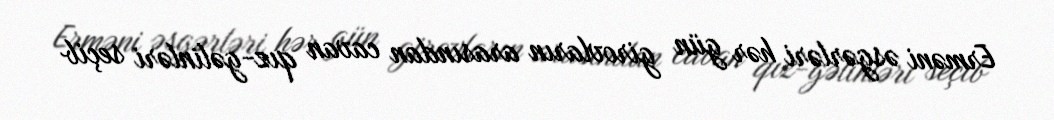
Erməni əsgərləri hər gün girovların arasından cavan qız-gəlinləri seçib